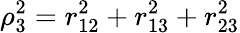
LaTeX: \rho_{3}^{2}=r_{12}^{2}+r_{13}^{2}+r_{23}^{2}